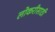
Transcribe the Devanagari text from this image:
लोकरीसाठी